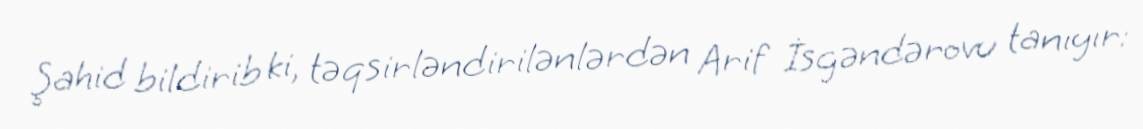
Şahid bildirib ki, təqsirləndirilənlərdən Arif İsgəndərovu tanıyır: